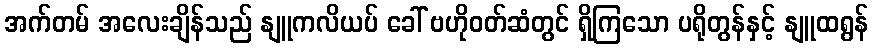
အက်တမ် အလေးချိန်သည် နျူကလိယပ် ခေါ် ဗဟိုဝတ်ဆံတွင် ရှိကြသော ပရိုတွန်နှင့် နျူထရွန်